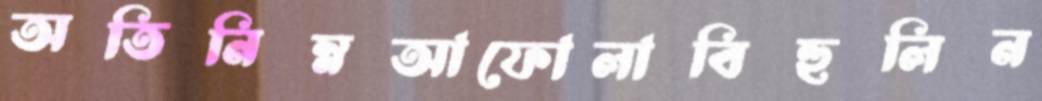
অতিনিম্নআফোলাবিহুলিন